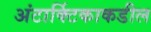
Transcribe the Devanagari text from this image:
अंटार्क्टिकाकडील